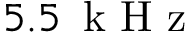
5 . 5 \, \textrm { k H z }